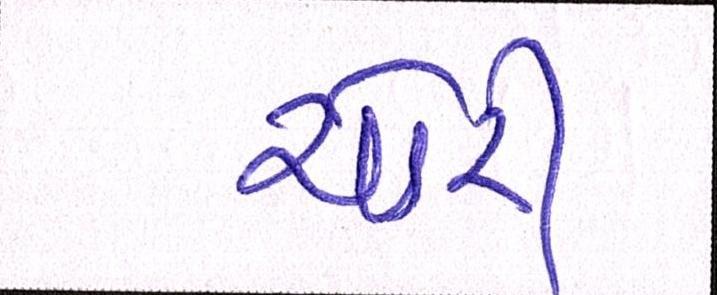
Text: ચોરી